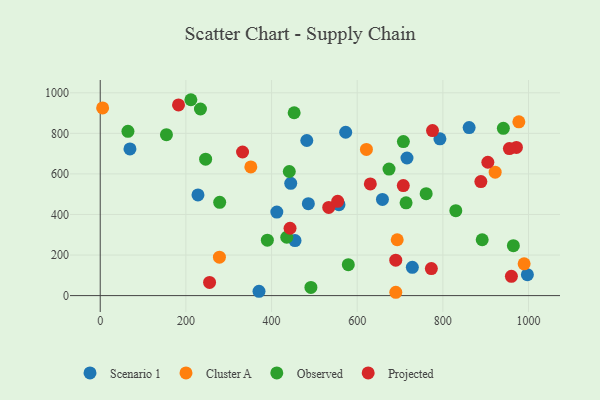
{"axis": {"x": "Ad Spend", "y": "Fuel Efficiency"}, "legend": ["Cluster A", "Observed", "Projected", "Scenario 1"], "data": [{"x": "412.3", "y": 411.8, "type": "Scenario 1"}, {"x": "728.7", "y": 139.3, "type": "Scenario 1"}, {"x": "997.3", "y": 103.0, "type": "Scenario 1"}, {"x": "454.8", "y": 271.5, "type": "Scenario 1"}, {"x": "658.9", "y": 474.2, "type": "Scenario 1"}, {"x": "482.3", "y": 764.7, "type": "Scenario 1"}, {"x": "69.4", "y": 723.2, "type": "Scenario 1"}, {"x": "793.1", "y": 773.1, "type": "Scenario 1"}, {"x": "573.1", "y": 805.5, "type": "Scenario 1"}, {"x": "861.3", "y": 828.3, "type": "Scenario 1"}, {"x": "485.9", "y": 453.1, "type": "Scenario 1"}, {"x": "370.7", "y": 20.9, "type": "Scenario 1"}, {"x": "557.4", "y": 448.2, "type": "Scenario 1"}, {"x": "444.8", "y": 553.5, "type": "Scenario 1"}, {"x": "228.2", "y": 496.4, "type": "Scenario 1"}, {"x": "716.2", "y": 678.4, "type": "Scenario 1"}, {"x": "989.7", "y": 156.8, "type": "Cluster A"}, {"x": "351.6", "y": 634.7, "type": "Cluster A"}, {"x": "693.4", "y": 275.3, "type": "Cluster A"}, {"x": "278.3", "y": 189.6, "type": "Cluster A"}, {"x": "977.4", "y": 856.9, "type": "Cluster A"}, {"x": "922.1", "y": 608.7, "type": "Cluster A"}, {"x": "621.5", "y": 720.7, "type": "Cluster A"}, {"x": "5.6", "y": 925.6, "type": "Cluster A"}, {"x": "690.1", "y": 16.4, "type": "Cluster A"}, {"x": "435.5", "y": 287.6, "type": "Observed"}, {"x": "234.0", "y": 920.0, "type": "Observed"}, {"x": "278.9", "y": 459.8, "type": "Observed"}, {"x": "830.2", "y": 418.5, "type": "Observed"}, {"x": "714.1", "y": 457.6, "type": "Observed"}, {"x": "579.2", "y": 152.5, "type": "Observed"}, {"x": "761.0", "y": 502.5, "type": "Observed"}, {"x": "674.3", "y": 623.7, "type": "Observed"}, {"x": "64.7", "y": 810.1, "type": "Observed"}, {"x": "707.8", "y": 759.3, "type": "Observed"}, {"x": "441.4", "y": 612.0, "type": "Observed"}, {"x": "452.8", "y": 901.6, "type": "Observed"}, {"x": "491.9", "y": 40.4, "type": "Observed"}, {"x": "246.1", "y": 672.9, "type": "Observed"}, {"x": "390.2", "y": 273.4, "type": "Observed"}, {"x": "891.8", "y": 275.5, "type": "Observed"}, {"x": "964.6", "y": 246.2, "type": "Observed"}, {"x": "154.6", "y": 793.3, "type": "Observed"}, {"x": "941.2", "y": 825.0, "type": "Observed"}, {"x": "211.6", "y": 965.8, "type": "Observed"}, {"x": "533.5", "y": 434.7, "type": "Projected"}, {"x": "888.7", "y": 562.1, "type": "Projected"}, {"x": "255.3", "y": 65.2, "type": "Projected"}, {"x": "905.0", "y": 657.5, "type": "Projected"}, {"x": "630.6", "y": 550.7, "type": "Projected"}, {"x": "775.8", "y": 813.7, "type": "Projected"}, {"x": "960.0", "y": 95.2, "type": "Projected"}, {"x": "971.7", "y": 730.4, "type": "Projected"}, {"x": "955.3", "y": 724.9, "type": "Projected"}, {"x": "554.4", "y": 464.7, "type": "Projected"}, {"x": "773.1", "y": 133.2, "type": "Projected"}, {"x": "182.8", "y": 940.0, "type": "Projected"}, {"x": "332.3", "y": 708.0, "type": "Projected"}, {"x": "690.0", "y": 174.6, "type": "Projected"}, {"x": "443.2", "y": 332.2, "type": "Projected"}, {"x": "707.6", "y": 542.3, "type": "Projected"}]}